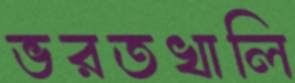
ভরতখালি